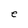
Character: e